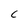
Character: C